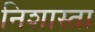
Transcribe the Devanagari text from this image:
निशास्ता